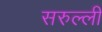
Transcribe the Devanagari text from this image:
सरुल्ली